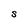
Character: S